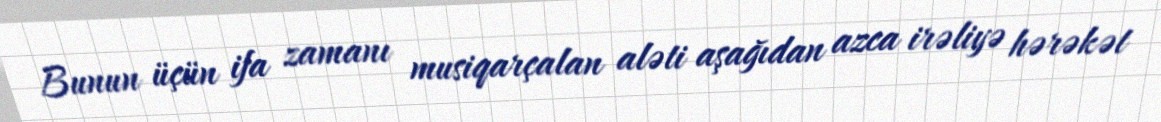
Bunun üçün ifa zamanı musiqarçalan aləti aşağıdan azca irəliyə hərəkət